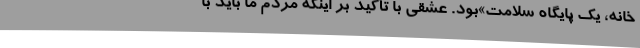
خانه، یک پایگاه سلامت»بود. عشقی با تأکید بر اینکه مردم ما باید با